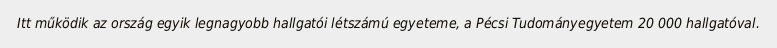
Itt működik az ország egyik legnagyobb hallgatói létszámú egyeteme, a Pécsi Tudományegyetem 20 000 hallgatóval.